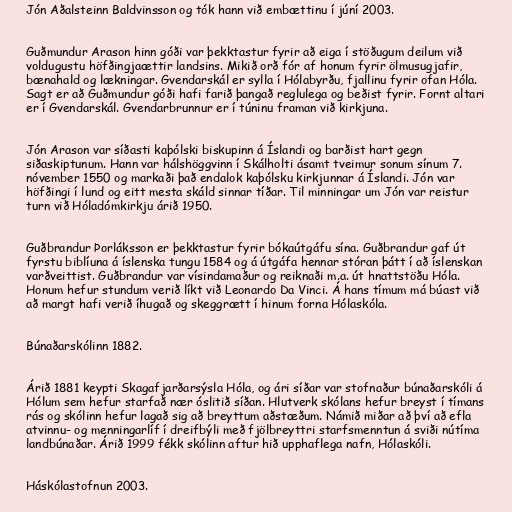
Jón Aðalsteinn Baldvinsson og tók hann við embættinu í júní 2003.

Guðmundur Arason hinn góði var þekktastur fyrir að eiga í stöðugum deilum við
voldugustu höfðingjaættir landsins. Mikið orð fór af honum fyrir ölmusugjafir,
bænahald og lækningar. Gvendarskál er sylla í Hólabyrðu, fjallinu fyrir ofan Hóla.
Sagt er að Guðmundur góði hafi farið þangað reglulega og beðist fyrir. Fornt altari
er í Gvendarskál. Gvendarbrunnur er í túninu framan við kirkjuna.

Jón Arason var síðasti kaþólski biskupinn á Íslandi og barðist hart gegn
siðaskiptunum. Hann var hálshöggvinn í Skálholti ásamt tveimur sonum sínum 7.
nóvember 1550 og markaði það endalok kaþólsku kirkjunnar á Íslandi. Jón var
höfðingi í lund og eitt mesta skáld sinnar tíðar. Til minningar um Jón var reistur
turn við Hóladómkirkju árið 1950.

Guðbrandur Þorláksson er þekktastur fyrir bókaútgáfu sína. Guðbrandur gaf út
fyrstu biblíuna á íslenska tungu 1584 og á útgáfa hennar stóran þátt í að íslenskan
varðveittist. Guðbrandur var vísindamaður og reiknaði m.a. út hnattstöðu Hóla.
Honum hefur stundum verið líkt við Leonardo Da Vinci. Á hans tímum má búast við
að margt hafi verið íhugað og skeggrætt í hinum forna Hólaskóla.

Búnaðarskólinn 1882.

Árið 1881 keypti Skagafjarðarsýsla Hóla, og ári síðar var stofnaður búnaðarskóli á
Hólum sem hefur starfað nær óslitið síðan. Hlutverk skólans hefur breyst í tímans
rás og skólinn hefur lagað sig að breyttum aðstæðum. Námið miðar að því að efla
atvinnu- og menningarlíf í dreifbýli með fjölbreyttri starfsmenntun á sviði nútíma
landbúnaðar. Árið 1999 fékk skólinn aftur hið upphaflega nafn, Hólaskóli.

Háskólastofnun 2003.